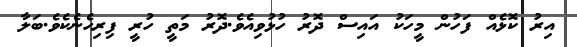
އިރު ކޮޅެއް ފަހުން މީހަކު އައިސް ދޮރު ހުޅުވިއެވެ.ދޮރު މަތީ ހުރީ ފިރިހެނެކެވެ.ބަލާ